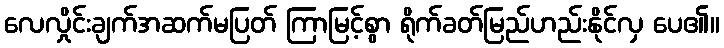
လေလှိုင်းချက်အဆက်မပြတ် ကြာမြင့်စွာ ရိုက်ခတ်မြည်ဟည်းနိုင်လှ ပေ၏။